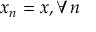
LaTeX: x _ { n } = x , \forall n